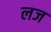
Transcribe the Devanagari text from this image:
लज